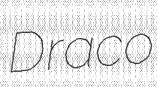
Draco